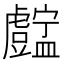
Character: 𥃓